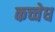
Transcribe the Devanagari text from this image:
कच्चेध